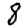
Digit: 8